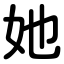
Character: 她